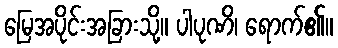
မြေအပိုင်းအခြားသို့။ ပါပုဏိ၊ ရောက်၏။